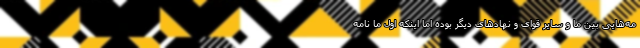
مه‌هایی بین ما و سایر قوای و نهادهای دیگر بوده اما اینکه اول ما نامه